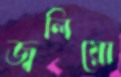
জ্বলিয়ো